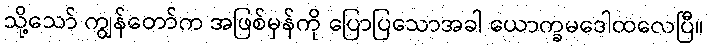
သို့သော် ကျွန်တော်က အဖြစ်မှန်ကို ပြောပြသောအခါ ယောက္ခမဒေါထလေပြီ။